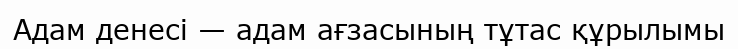
Адам денесі — адам ағзасының тұтас құрылымы